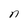
Character: n